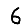
Digit: 6